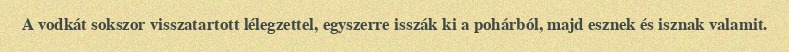
A vodkát sokszor visszatartott lélegzettel, egyszerre isszák ki a pohárból, majd esznek és isznak valamit.